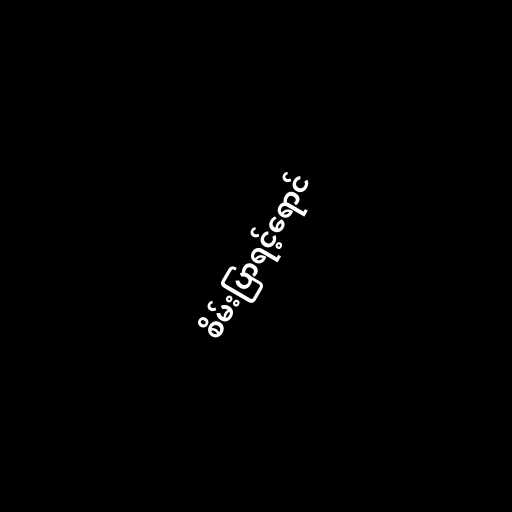
စိမ်းပြာရင့်ရောင်